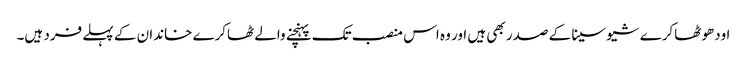
اودھو ٹھاکرے شیوسینا کے صدر بھی ہیں اور وہ اس منصب تک پہنچنے والے ٹھاکرے خاندان کے پہلے فرد ہیں۔